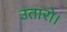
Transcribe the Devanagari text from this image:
उतारो।